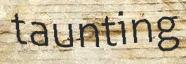
taunting